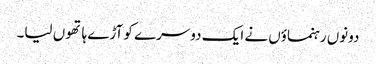
دونوں رہنماؤں نے ایک دوسرے کو آڑے ہاتھوں لیا۔